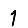
Digit: 1